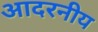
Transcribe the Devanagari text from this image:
आदरनीय